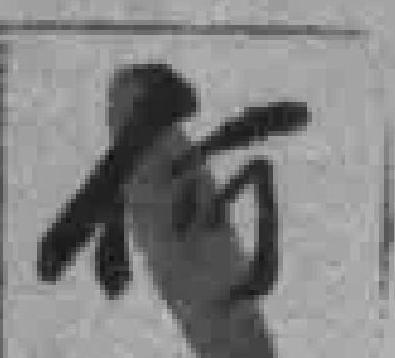
何